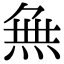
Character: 𭴾